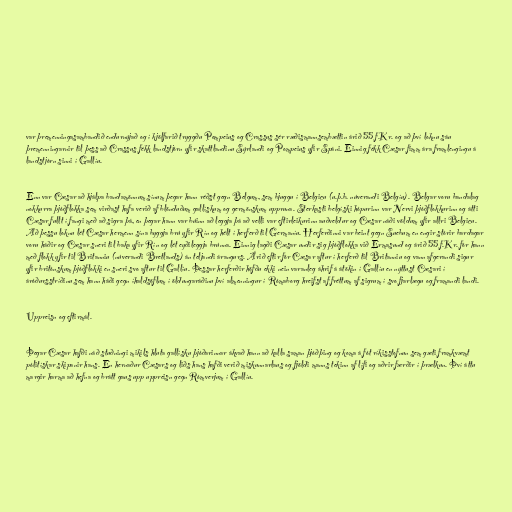
var þremenningasambandið endurnýjað og í kjölfarið tryggðu Pompeius og Crassus sér ræðismannsembættin árið 55 f.Kr. og að því loknu sáu
þremenningarnir til þess að Crassus fékk landstjórn yfir skattlandinu Sýrlandi og Pompeius yfir Spáni. Einnig fékk Cæsar fimm ára framlengingu á
landstjórn sinni í Gallíu.

Enn var Cæsar að hjálpa bandamönnum sínum þegar hann réðst gegn Belgum, sem bjuggu í Belgicu (u.þ.b. núverandi Belgíu). Belgar voru bandalag
nokkurra þjóðflokka sem virðast hafa verið af blönduðum gallískum og germönskum uppruna. Sterkasti belgíski hópurinn var Nervi þjóðflokkurinn og átti
Cæsar fullt í fangi með að sigra þá, en þegar hann var búinn að leggja þá að velli var eftirleikurinn auðveldur og Cæsar náði völdum yfir allri Belgicu.
Að þessu loknu lét Cæsar hermenn sína byggja brú yfir Rín og hélt í herferð til Germaníu. Herferðinni var beint gegn Suebum en engir stórir bardagar
voru háðir og Cæsar sneri til baka yfir Rín og lét eyðileggja brúnna. Einnig lagði Cæsar undir sig þjóðflokka við Ermasund og árið 55 f.Kr. fór hann
með flokk yfir til Britanniu (núverandi Bretlands) án teljandi árangurs. Árið eftir fór Cæsar aftur í herferð til Britanniu og vann afgerandi sigur
yfir britónskum þjóðflokki en sneri svo aftur til Gallíu. Þessar herferðir höfðu ekki nein varanleg áhrif á átökin í Gallíu en nýttust Cæsari í
áróðursstríðinu sem hann háði gegn íhaldsöflum í öldungaráðinu því almenningur í Rómaborg hreifst af fréttum af sigrum í svo fjarlægu og framandi landi.

Uppreisn og eftirmál.

Þegar Cæsar hafði náð stuðningi mikils hluta gallísku þjóðarinnar ákvað hann að kalla saman þjóðþing og koma á fót ríkisstofnun sem gæti framkvæmt
pólitískar skipanir hans. En hernaður Cæsars og liðs hans hafði verið miskunnarlaus og fjöldi manns tekinn af lífi og aðrir færðir í þrælkun. Því áttu
margir harma að hefna og brátt gaus upp uppreisn gegn Rómverjum í Gallíu.